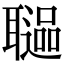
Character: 𦗻